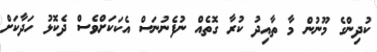
ކުދިންގެ މޫނުން މާ ތާއިދު ކުރާ ގޮތެއް ނުފެނުނަސް އެކަކަށްވެސް ދެކޮޅު ހަދާކަށް